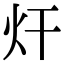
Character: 㶥